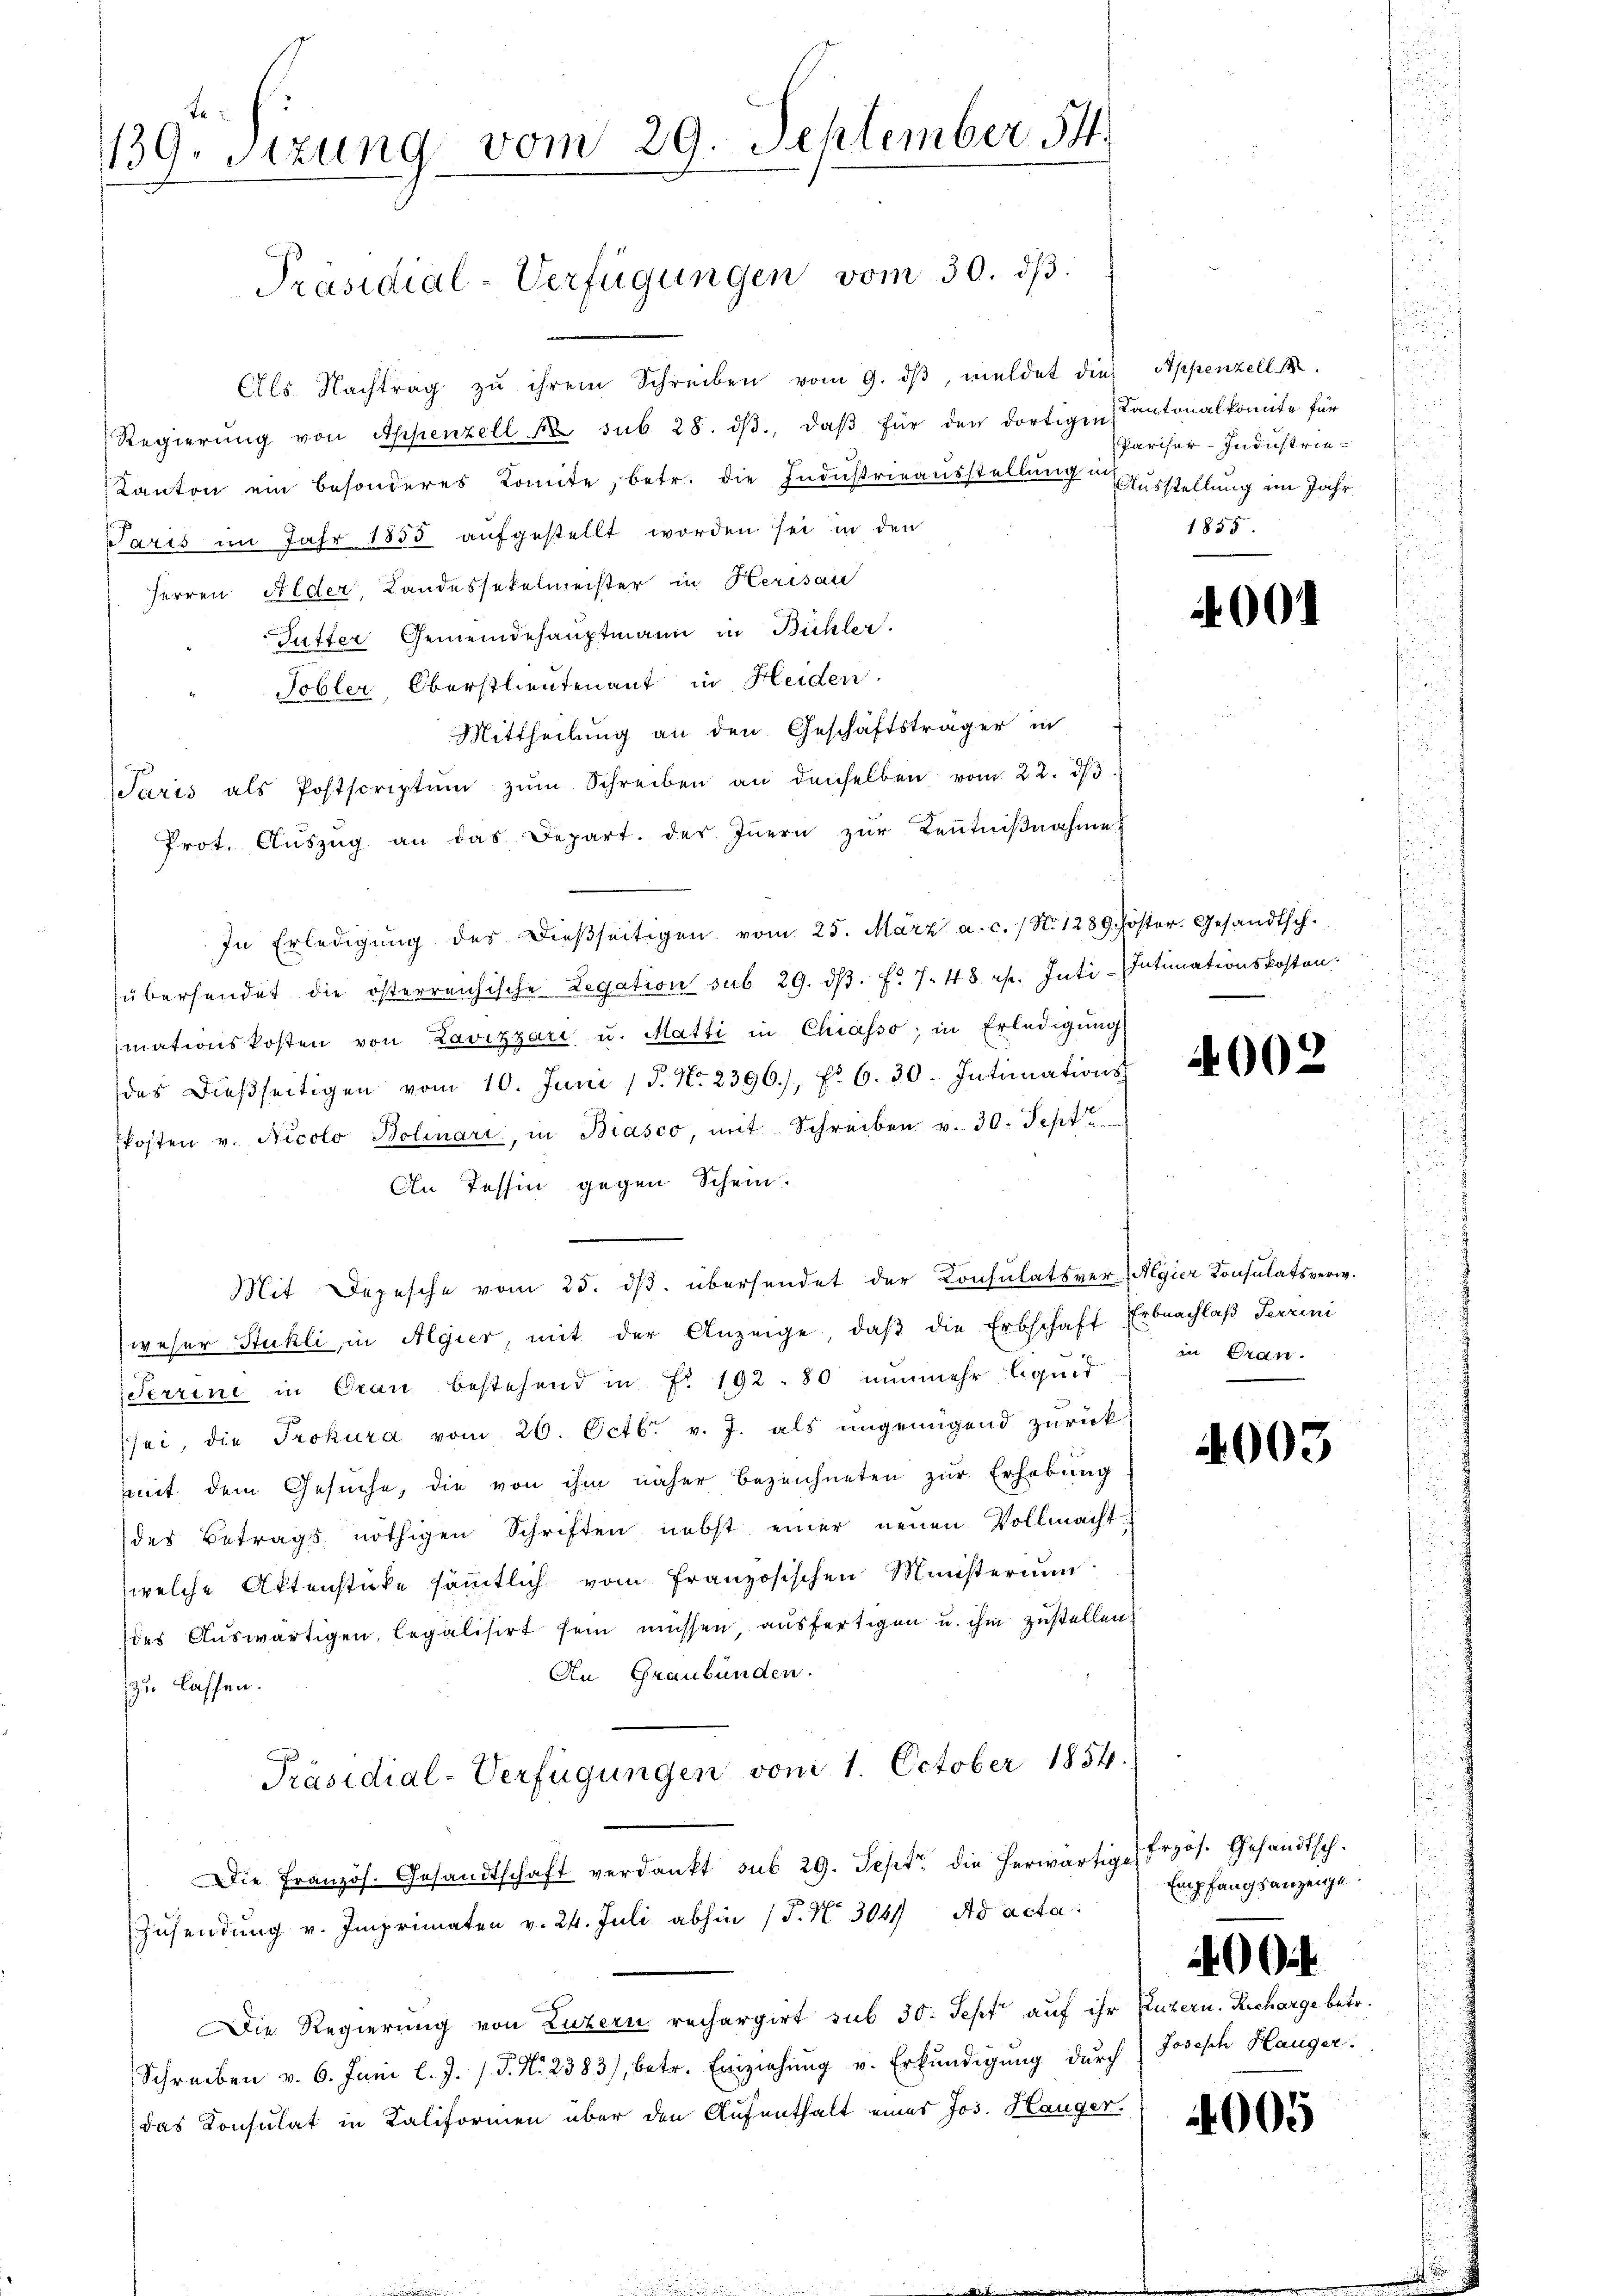
te
139. Sitzung vom 29. September 54.

Präsidial-Verfügungen vom 30. ds.

Als Nachtrag zŭ ihrem Schreiben vom 9. dβ meldet die Appenzell 18
Regierŭng von Appenzell A. sub. 28. dβ, daβ für den dortigen Kantonalkomite für
Kanton ein besonderes Komite, betr. die Industrieausstellung Ausstellung im Jahr
Paris im Jahr 1855 aufgestellt worden sei in den
Herren Filder, Landessekelmeister in Herisau
Futter Gemeindehauptmann in Bühler.
Tobler, Oberstlieutenant in Heiden.
Mittheilung an den Geschäftsträger in
Jaris als Postscriptum zŭm Schreiben an denselben vom 22. dβ
Prot. Aŭszŭg an das Depart. des Iṅern zŭr Keṅtniβnahme
In Erledigŭng des dieβseitigen vom 25. März a. c. / No 1289. Pöster. Gesandtsch.
übersendet die österreichische Legation sub 29. dβ. f. 748 rp. Inti-Intimationskosten.
mationskosten von Lavizzari u. Matti in Chiasso, in Erledigung
das Diesseitigen vom 10. Juni / 5. No. 2396./, f. 6. 30. Intimations-
kosten v. Nicolo Bolinari, in Biasco, mit Schreiben v. 30. Sept.
An Tessin gegen Schein.
Mit Depesche vom 25. dβ übersendet der Konsulatsver- (Algier Konsulatsverw.
weser Stukli, in Algier, mit der Anzeige, daβ die Erbschaft Erbnachlaβ Terrini
Terrine in Oran bestehend in Fr. 192. 80 nunmehr liquid
(sei, die Prokura vom 26. Octbr. v. J. als ungenügend zurück
mit dem Gesuche, die von ihm näher bezeichneten zur Erhebung
des Betrags nöthigen Schriften nebst einer neuen Vollmacht-
welche Aktenstücke sämmtlich vom französischen Ministerium
des Auswärtigen, legalisirt sein müssen, ausfertigen u. ihm zustellen;
An Graubünden.
zu lassen.
Präsidial-Verfügungen vom 1. October 1854.
Die Französ. Gesandtschaft verdankt sub 29. Sept die herwärtig Przös. Gesandtsch.
Zusendung v. Imprimaten v. 24. Juli abhin (T. No 304 Ad acta
Die Regierung von Luzern rechargirt sub 30. Sept auf ihr Puzern. Recharge betr.
Schreiben v. 6. Juni l. J. J. P. Nr. 2383), betr. Einziehung u. Erkundigung durch
das Konsulat in Kaliformen über den Aufenthalt eines Jos. Hanger.

i
Pariser-Indicht rie¬
1855

400.

4002

in Gran

4003

Empfangsanzeige.
it
Joseph Hauger.

4005